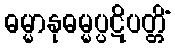
ဓမ္မာနုဓမ္မပ္ပဋိပတ္တိံ